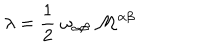
\lambda = \frac { 1 } { 2 } \; \omega _ { \alpha \beta } \; { \cal M } ^ { \alpha \beta }